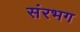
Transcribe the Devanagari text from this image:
संरभग